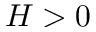
H > 0